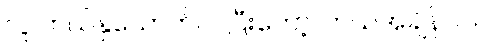
လူ ဘယ်နှယောက်လဲ၊ပြီးတော့၊ ဘယ်အချိန်လဲ။